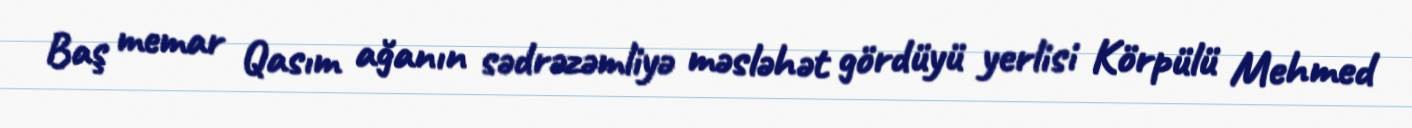
Baş memar Qasım ağanın sədrəzəmliyə məsləhət gördüyü yerlisi Körpülü Mehmed